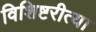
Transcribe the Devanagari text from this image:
विशिष्टरीत्या